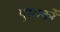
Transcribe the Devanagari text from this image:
पुस्तकोँ